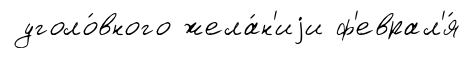
уголо́вного жела́н'иjи ф'еврал'я́